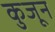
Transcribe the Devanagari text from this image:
कुजून